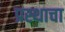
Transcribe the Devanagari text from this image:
प्रस्थाचा